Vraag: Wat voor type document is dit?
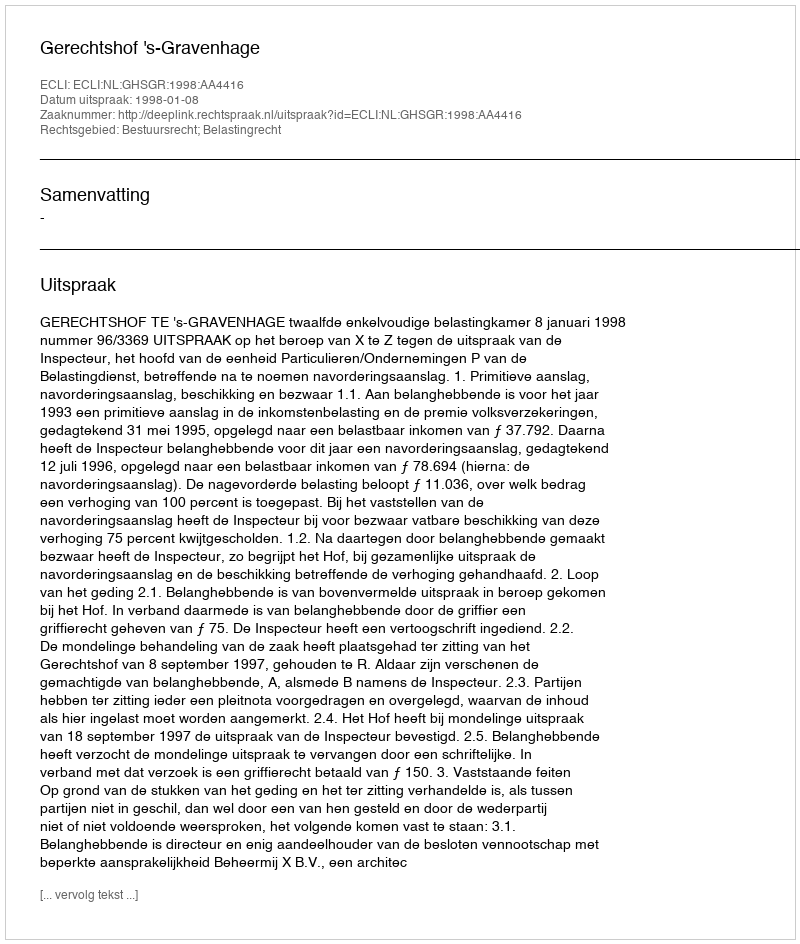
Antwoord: Uitspraak